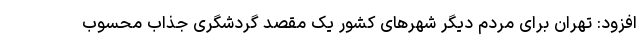
افزود: تهران برای مردم دیگر شهرهای کشور یک مقصد گردشگری جذاب محسوب